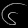
Digit: ၆